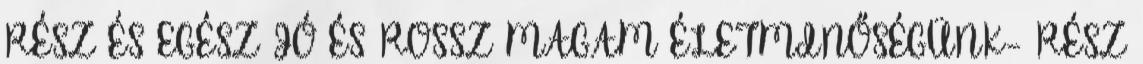
RÉSZ ÉS EGÉSZ JÓ ÉS ROSSZ MAGAM ÉLETMINŐSÉGÜNK- RÉSZ